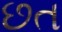
છત